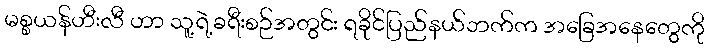
မစ္စယန်ဟီးလီ ဟာ သူ့ရဲ့ခရီးစဉ်အတွင်း ရခိုင်ပြည်နယ်ဘက်က အခြေအနေတွေကို